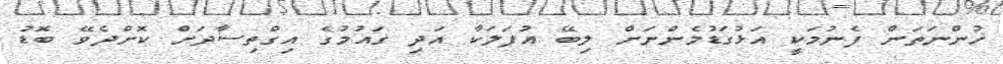
ހުންނަތަން ފެނުމަކީ އަޅުގަޑުމެންނަށް ލިބޭ އުފަލަކާ އަދި ގައުމުގެ އިގްތިސާދަށް ކޮށްދެވޭ ބޮޑު